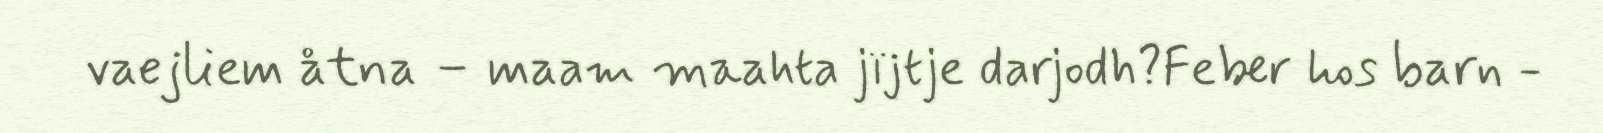
vaejliem åtna – maam maahta jïjtje darjodh?Feber hos barn -